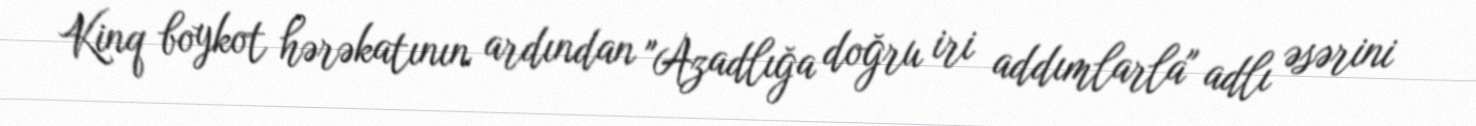
Kinq boykot hərəkatının ardından "Azadlığa doğru iri addımlarla" adlı əsərini